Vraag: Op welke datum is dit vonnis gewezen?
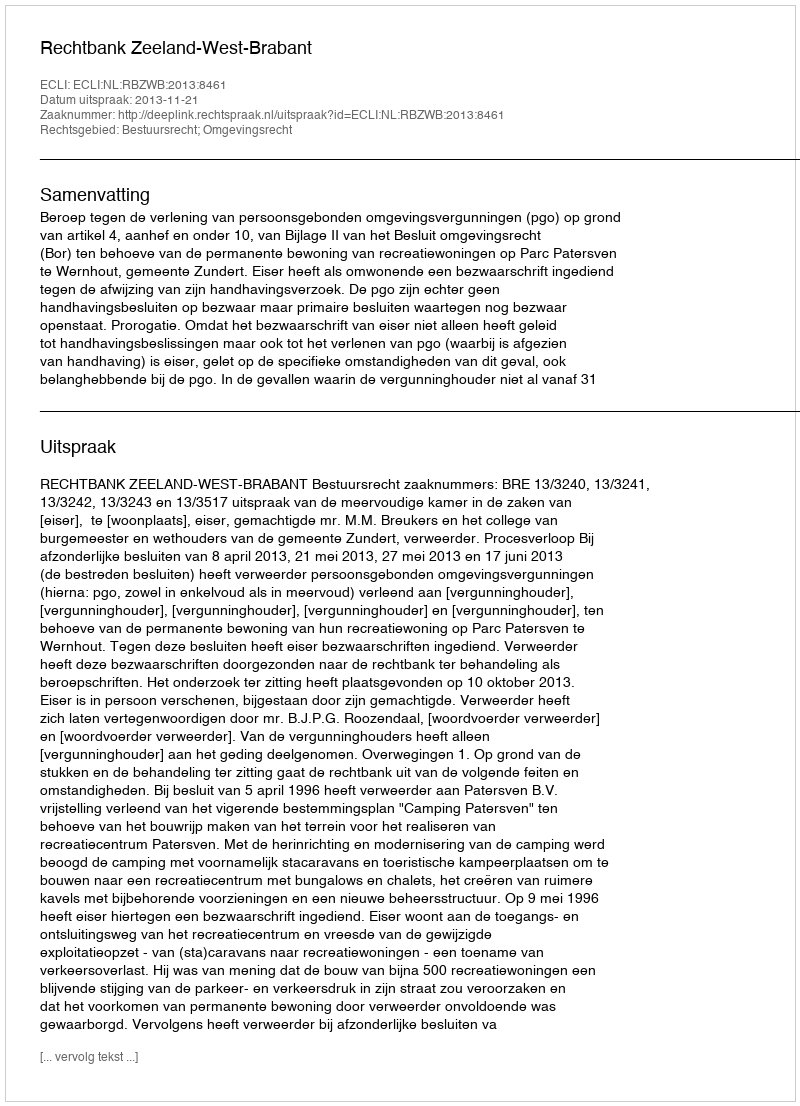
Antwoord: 2013-11-21